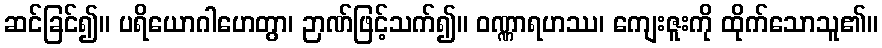
ဆင်ခြင်၍။ ပရိယောဂါဟေတွာ၊ ဉာဏ်ဖြင့်သက်၍။ ဝဏ္ဏာရဟဿ၊ ကျေးဇူးကို ထိုက်သောသူ၏။